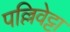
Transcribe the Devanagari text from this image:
पल्लिवेट्टा